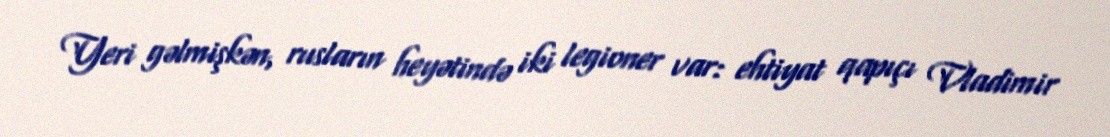
Yeri gəlmişkən, rusların heyətində iki legioner var: ehtiyat qapıçı Vladimir